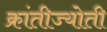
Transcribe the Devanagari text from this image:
क्रांतीज्योती